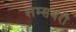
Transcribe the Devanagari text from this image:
शम्सबरी